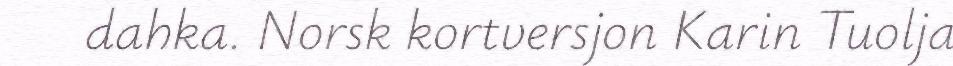
dahka. Norsk kortversjon Karin Tuolja